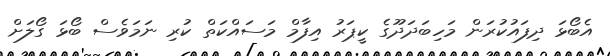
އެބޯޅަ ދިފައުކުރަން މަހިބަދަދޫގެ ކީޕަރު އިފާމް މަސައްކަތް ކުރި ނަމަވެސް ބޯޅަ ގޯލަށް